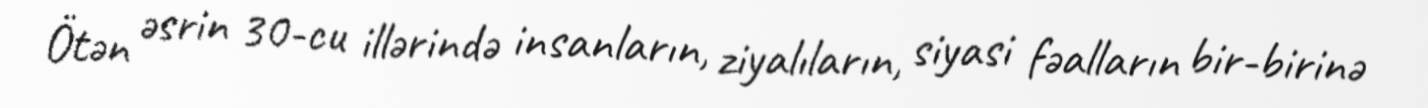
Ötən əsrin 30-cu illərində insanların, ziyalıların, siyasi fəalların bir-birinə